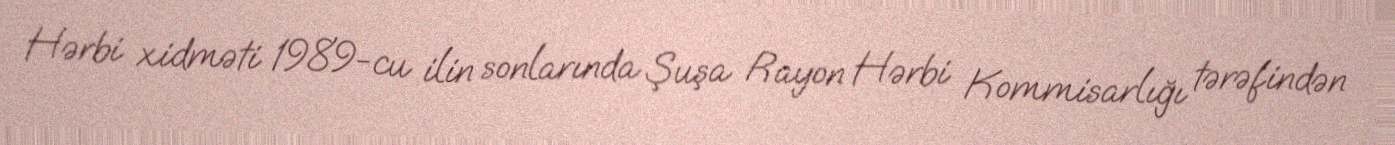
Hərbi xidməti 1989-cu ilin sonlarında Şuşa Rayon Hərbi Kommisarlığı tərəfindən